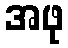
အဖု